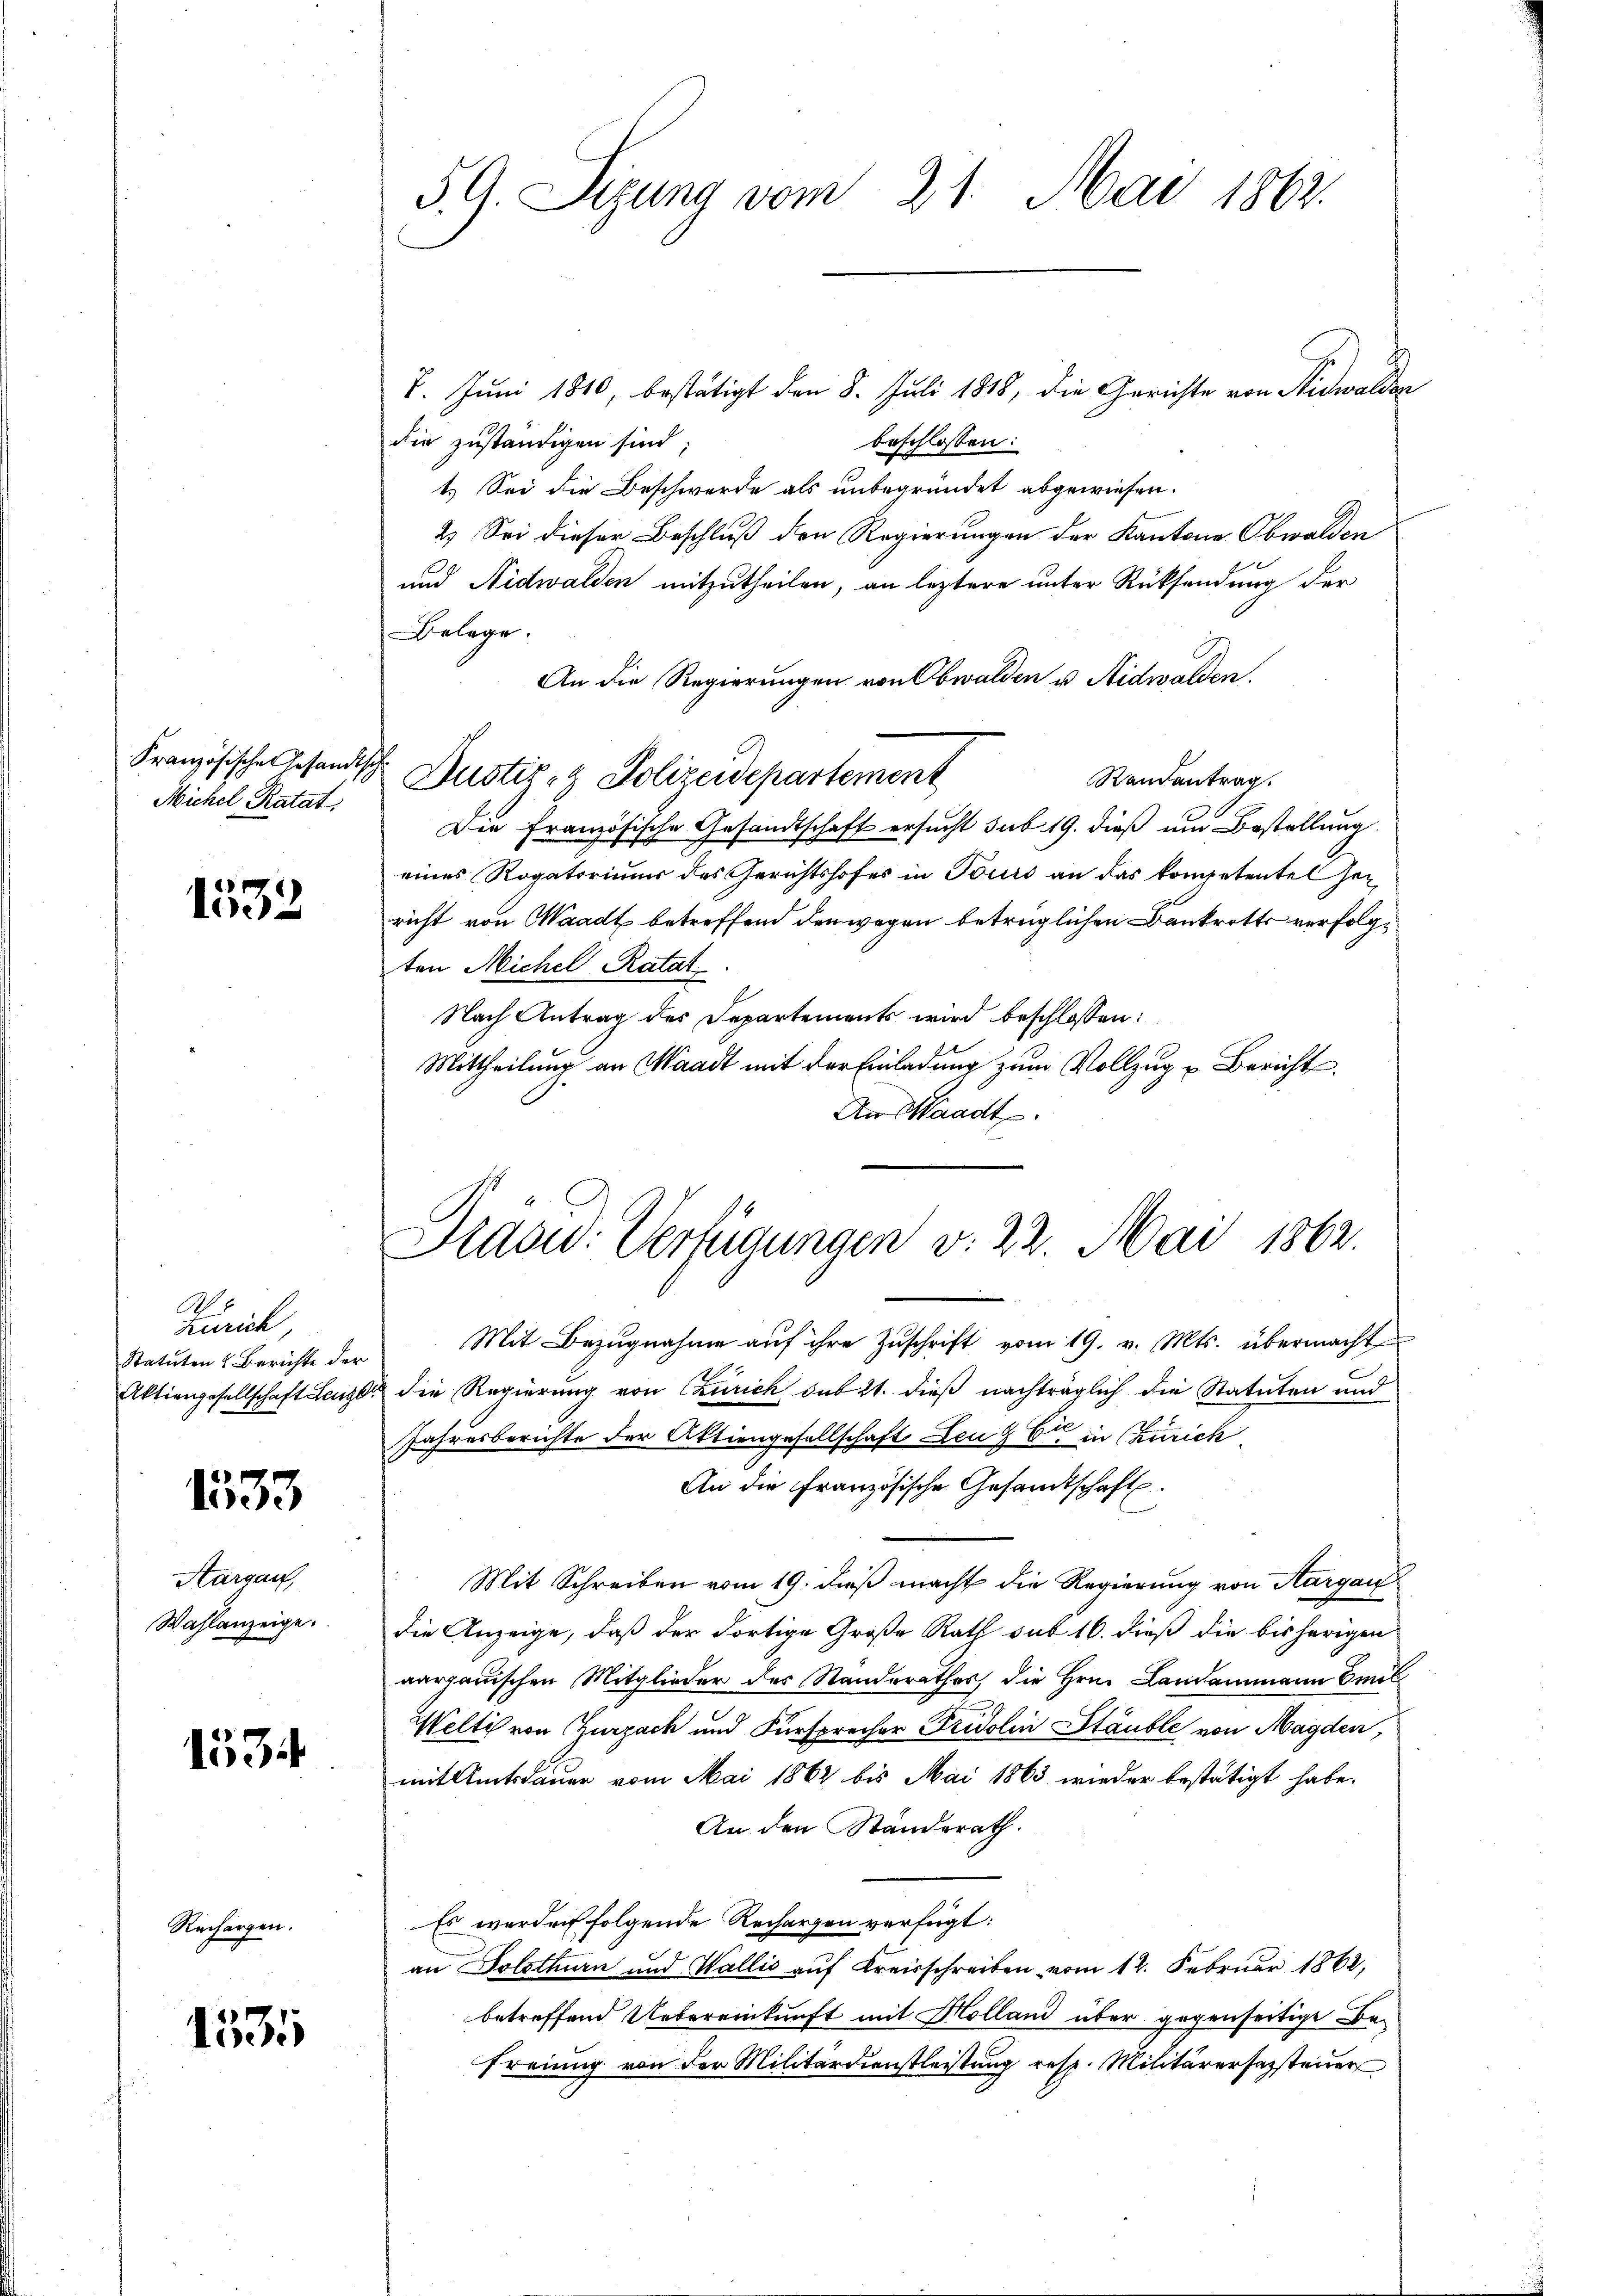
Michel, Ratat:

1532

Zürich,
Statuten & Berichte der
Aktiengesellschaft Lenz

1533

Aargau,
Wahlanzeige.

153

Rechargen.

1535

S. G. Sizung vom 21. Mai 1862.

8. Juni 1810, bestätigt den 8. Juli 1818, die Gerichte von Nidwalden
die zuständigen sind;
beschlossen:
1.) Sei die Beschwerde als unbegründet abgewiesen.
2) Sei dieser Beschluß den Regierungen der Kantone Obwalden
und Nidwalden mitzutheilen, an leztere unter Rücksendung der
Belege.
An die Regierungen von Obwalden u. Nidwalden.
Französische Gesandtsch Dustiz- & Polizeidepartement
Randantrag.
Die Französische Gesandtschaft ersucht sub 19. dieß um Bestellung
eines Rogatorium des Gerichtshofes in Tours an das kompetentel her
richt von Waadt betreffend den wegen betrüglichen Bankrotts verfolgten Michel Ratat
Nach Antrag des Departements wird beschlossen:
Mittheilung an Waadt mit der Einladung zum Vollzug u Bericht
An Waadt.

Mit Bezugnahme auf ihre Zuschrift vom 19. v. Mts. übermacht
die Regierung von Czurich sub 21. dieß nachträglich die Statuten und
Jahresberichte der Aktiengesellschaft Lenz Er in Zürich
An die Französische Gesandtschaft
Mit Schreiben vom 19. dieß macht die Regierung von Aargau
die Anzeige, daß der Fortige Große Rath sub 16. dieß die bisherigen
aargauischen Mitglieder des Standerathes, die Hrn. Landammann Emil
Welti von Zurzack und Fürsprecher Fridolin Stäuble von Magden,
mit Amtsdauer vom Mai 1862 bis Mai 1863 wieder bestätigt habe.
An den Standsrath.
Es werden folgende Rechargen verfügt:
an Solothurn und Wallis auf Kreisschreiben vom 12. Februar 1862,
betreffend Uebereinkunft mit Holland über gegenseitige Be-
Freiung von der Militärdienstleistung resp. Militärersezsteuer

Saow: Verfügungen v. 22. Mai 1862.